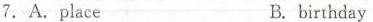
7.A.placeB.birthday